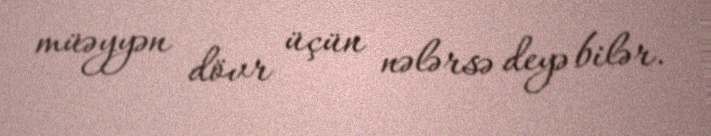
müəyyən dövr üçün nələrsə deyə bilər.